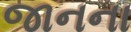
જાનના